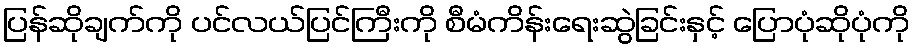
ပြန်ဆိုချက်ကို ပင်လယ်ပြင်ကြီးကို စီမံကိန်းရေးဆွဲခြင်းနှင့် ပြောပုံဆိုပုံကို